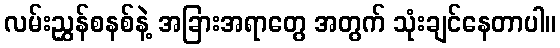
လမ်းညွှန်စနစ်နဲ့ အခြားအရာတွေ အတွက် သုံးချင်နေတာပါ။